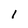
Character: l